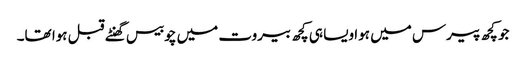
جو کچھ پیرس میں ہوا ویسا ہی کچھ بیروت میں چوبیس گھنٹے قبل ہوا تھا۔